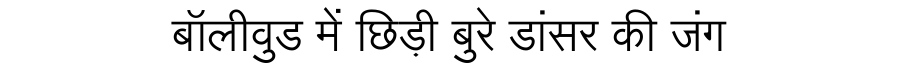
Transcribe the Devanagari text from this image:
बॉलीवुड में छिड़ी बुरे डांसर की जंग